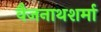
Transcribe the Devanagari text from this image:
वैजनाथशर्मा